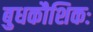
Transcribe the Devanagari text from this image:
बुधकौशिकः